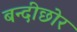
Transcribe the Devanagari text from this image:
बन्दीछोर